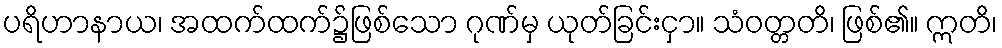
ပရိဟာနာယ၊ အထက်ထက်၌ဖြစ်သော ဂုဏ်မှ ယုတ်ခြင်းငှာ။ သံဝတ္တတိ၊ ဖြစ်၏။ ဣတိ၊